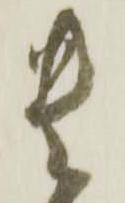
貴